Annual report of the Bengal Veterinary College and of the Civil Veterinary Department, Bengal, for the year 1918-19 - 1918-1919
Year: 1918
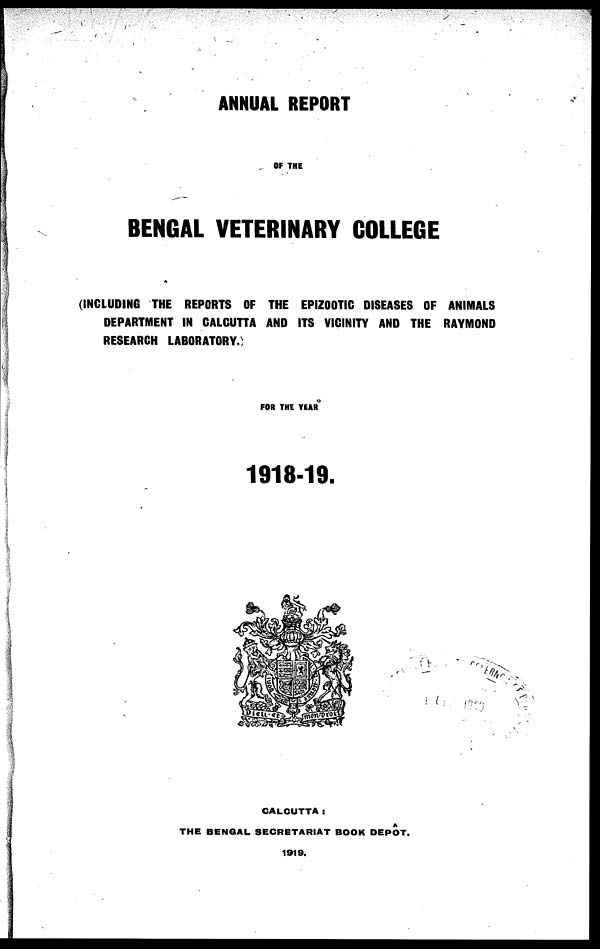
ANNUAL REPORT
OF THE
BENGAL VETERINARY COLLEGE
(INCLUDING THE REPORTS OF THE EPIZOOTIC DISEASES OF ANIMALS
DEPARTMENT IN CALCUTTA AND ITS VICINITY AND THE RAYMOND
RESEARCH LABORATORY.)
FOR THE YEAR
1918-19.
CALCUTTA:
THE BENGAL SECRETARIAT BOOK DEPOT.
1919.